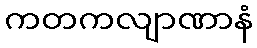
ကတကလျာဏာနံ